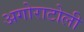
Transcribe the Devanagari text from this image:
अगोराटोली